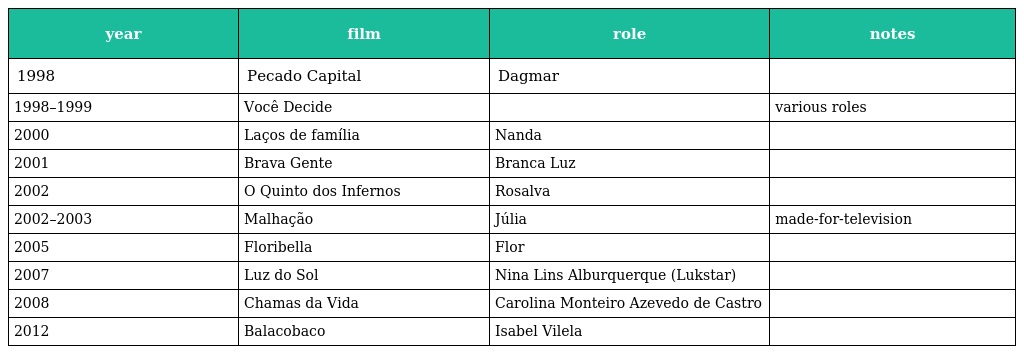
| year | film | role | notes |
 | --- | --- | --- | --- |
 | 1998 | Pecado Capital | Dagmar |  |
 | 1998–1999 | Você Decide |  | various roles |
 | 2000 | Laços de família | Nanda |  |
 | 2001 | Brava Gente | Branca Luz |  |
 | 2002 | O Quinto dos Infernos | Rosalva |  |
 | 2002–2003 | Malhação | Júlia | made-for-television |
 | 2005 | Floribella | Flor |  |
 | 2007 | Luz do Sol | Nina Lins Alburquerque (Lukstar) |  |
 | 2008 | Chamas da Vida | Carolina Monteiro Azevedo de Castro |  |
 | 2012 | Balacobaco | Isabel Vilela |  |